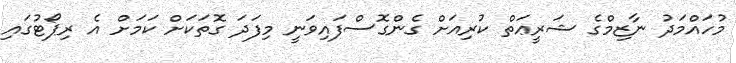
މުހައްމަދު ނާޒިމްގެ ޝަރީޢަތް ކުރިއަށް ގެންގޮސްފައިވަނީ މިފަދަ ގޮތަކަށް ކަމަށް އެ ރިޕޯޓުގައި